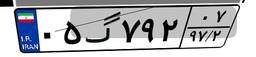
۴۳گ۵۵۹۶۶